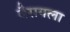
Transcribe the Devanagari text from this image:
वैरागला